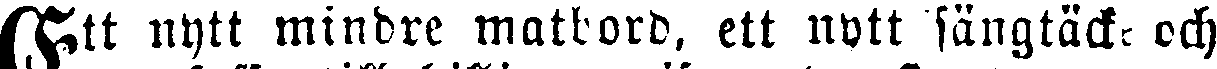
Ett nytt mindre matbord, ett nytt sängtäcke och